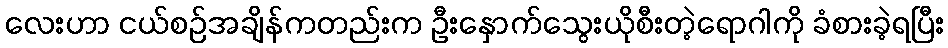
လေးဟာ ငယ်စဉ်အချိန်ကတည်းက ဦးနှောက်သွေးယိုစီးတဲ့ရောဂါကို ခံစားခဲ့ရပြီး